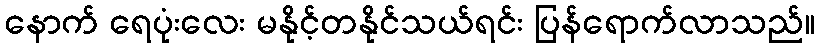
နောက် ရေပုံးလေး မနိုင့်တနိုင်သယ်ရင်း ပြန်ရောက်လာသည်။